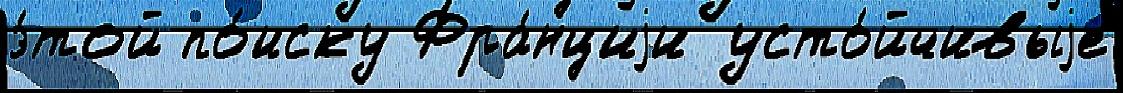
э́той по́иску Фра́нциjи усто́йчивыjе